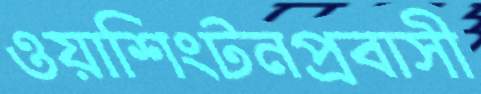
ওয়াশিংটনপ্রবাসী